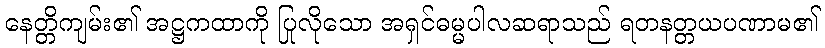
နေတ္တိကျမ်း၏ အဋ္ဌကထာကို ပြုလိုသော အရှင်ဓမ္မပါလဆရာသည် ရတနတ္တယပဏာမ၏